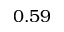
0 . 5 9